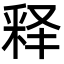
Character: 释